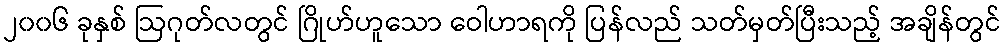
၂၀၀၆ ခုနှစ် ဩဂုတ်လတွင် ဂြိုဟ်ဟူသော ဝေါဟာရကို ပြန်လည် သတ်မှတ်ပြီးသည့် အချိန်တွင်